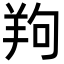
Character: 𦍵